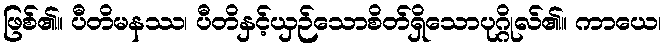
ဖြစ်၏။ ပီတိမနဿ၊ ပီတိနှင့်ယှဉ်သောစိတ်ရှိသောပုဂ္ဂိုလ်၏။ ကာယေ၊